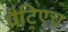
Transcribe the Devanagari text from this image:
पैट्रिएच